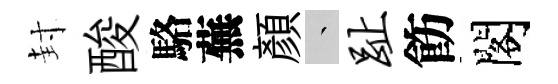
封酸駱蕪顏叢趾飭閣